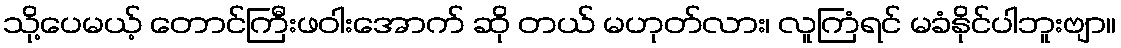
သို့ပေမယ့် တောင်ကြီးဖဝါးအောက် ဆို တယ် မဟုတ်လား၊ လူကြံရင် မခံနိုင်ပါဘူးဗျာ။